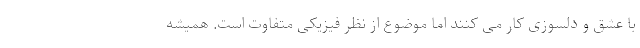
با عشق و دلسوزی کار می کنند اما موضوع از نظر فیزیکی متفاوت است. همیشه